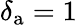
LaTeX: \delta_{\mathrm{a}}=1